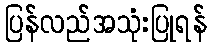
ပြန်လည်အသုံးပြုရန်